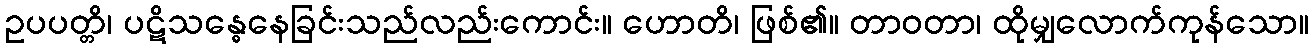
ဥပပတ္တိ၊ ပဋိသန္ဓေနေခြင်းသည်လည်းကောင်း။ ဟောတိ၊ ဖြစ်၏။ တာဝတာ၊ ထိုမျှလောက်ကုန်သော။